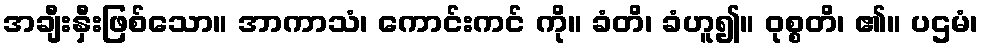
အချီးနှီးဖြစ်သော။ အာကာသံ၊ ကောင်းကင် ကို။ ခံတိ၊ ခံဟူ၍။ ဝုစ္စတိ၊ ၏။ ပဌမံ၊